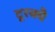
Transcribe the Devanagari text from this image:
टूरक्वै